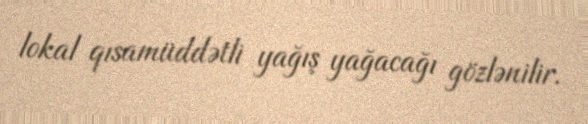
lokal qısamüddətli yağış yağacağı gözlənilir.